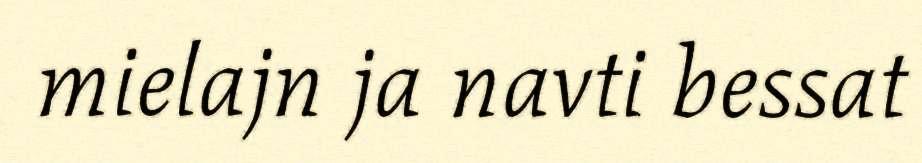
mielajn ja navti bessat